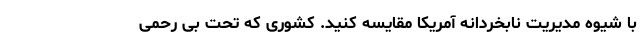
با شیوه مدیریت نابخردانه آمریکا مقایسه کنید. کشوری که تحت بی رحمی